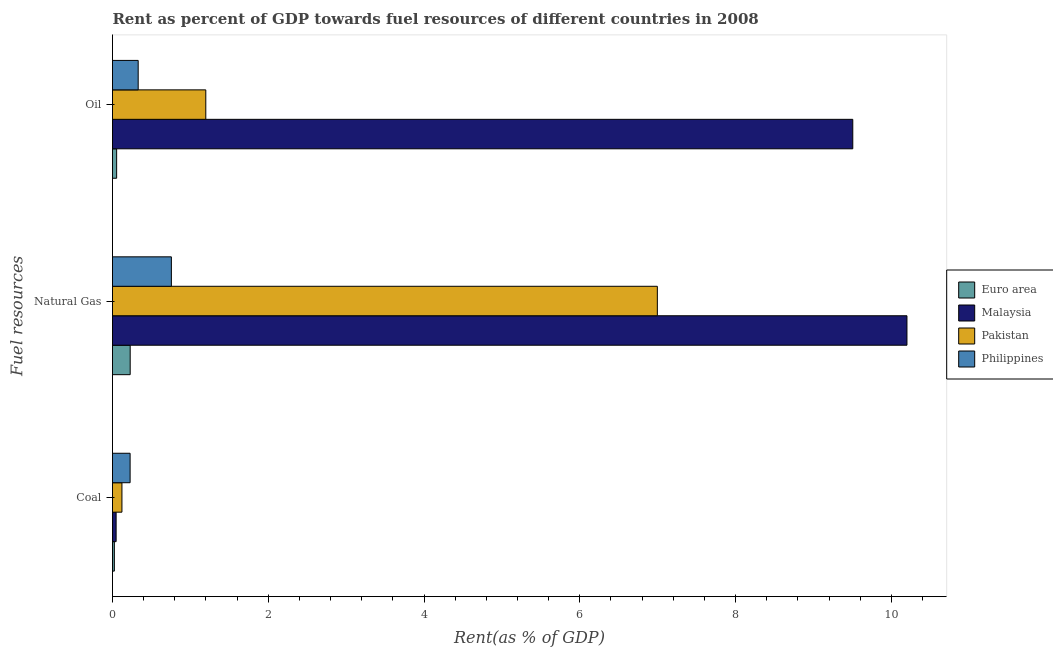
| Fuel resources | Euro area | Malaysia | Pakistan | Philippines |
 | --- | --- | --- | --- | --- |
 | Coal | 0.0239 | 0.0465 | 0.121 | 0.226 |
 | Natural Gas | 0.227 | 10.2 | 7 | 0.756 |
 | Oil | 0.0532 | 9.5 | 1.2 | 0.33 |